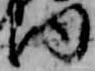
内